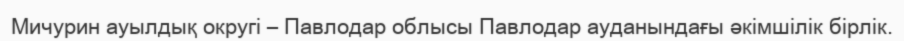
Мичурин ауылдық округі – Павлодар облысы Павлодар ауданындағы әкімшілік бірлік.